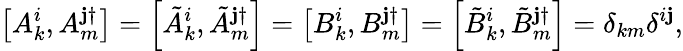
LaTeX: \left[A_{k}^{i},A_{m}^{\mathbf{j}\dagger}\right]=\left[\tilde{{A}}_{k}^{i},\tilde{{A}}_{m}^{\mathbf{j}\dagger}\right]=\left[B_{k}^{i},B_{m}^{\mathbf{j}\dagger}\right]=\left[\tilde{{B}}_{k}^{i},\tilde{{B}}_{m}^{\mathbf{j}\dagger}\right]=\delta_{km}\delta^{i\mathbf{j}},